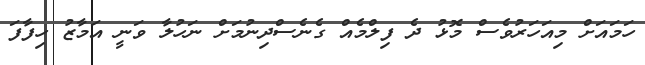
ހަމައަށް މިއަހަރުވެސް މޮޅު ދެ ފިލްމެއް ގެނެސްދިނުމަށް ނަހުލާ ވަނީ އަމާޒު ހިފާފަ